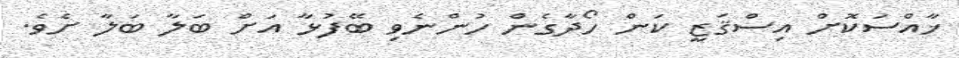
ޚާއްސަކޮށް އިސްޤަޒީ ކަން ހޯދާގެން ހުންނެވި ބޭފުޅާ އަށް ބަލާ ބަލާ ށެވެ.